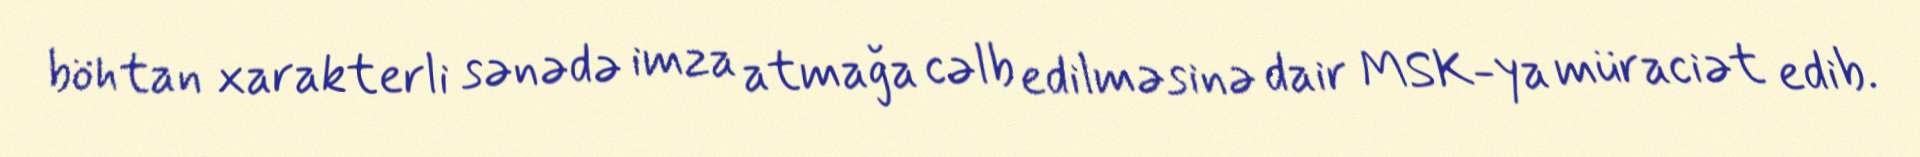
böhtan xarakterli sənədə imza atmağa cəlb edilməsinə dair MSK-ya müraciət edib.